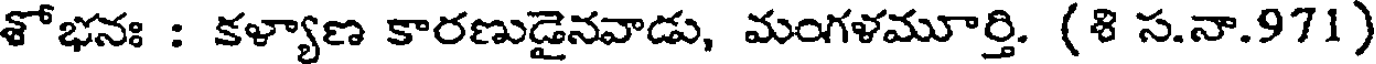
శోభనః : కళ్యాణ కారణుడైనవాడు, మంగళమూర్తి. (శి స.నా.971)